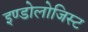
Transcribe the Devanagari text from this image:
इण्डोलोजिस्ट